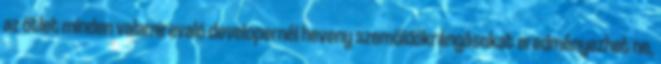
az ötlet minden valamirevaló developernél heveny szemöldökrángásokat eredményezhet ne,